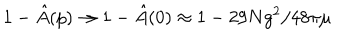
1 - \hat { A } ( p ) \rightarrow 1 - \hat { A } ( 0 ) \approx 1 - 2 9 N g ^ { 2 } / 4 8 \pi \mu